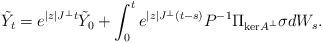
LaTeX: \begin{align*}\tilde{Y}_t = e^{|z| J^\perp t}\tilde{Y}_0 + \int_0^t e^{|z| J^\perp (t-s)}P^{-1}\Pi_{\mathrm{ker}A^\perp}\sigma dW_s.\end{align*}